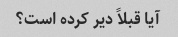
آیا قبلاً دیر کرده است؟